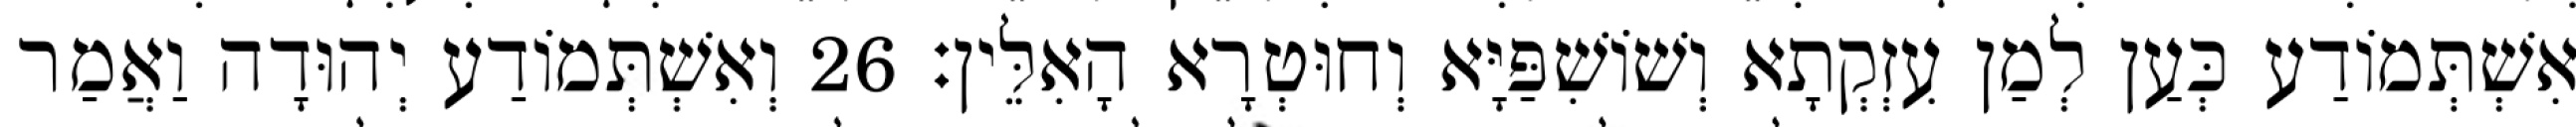
אִשְׁתְּמוֹדַע כְּעַן לְמַן עִזְקְתָא וְשׁוֹשִׁפַּיָּא וְחוּטְרָא הָאִלֵּין׃ 26 וְאִשְׁתְּמוֹדַע יְהוּדָה וַאֲמַר